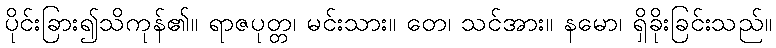
ပိုင်းခြား၍သိကုန်၏။ ရာဇပုတ္တ၊ မင်းသား။ တေ၊ သင်အား။ နမော၊ ရှိခိုးခြင်းသည်။